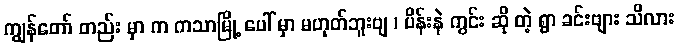
ကျွန်တော် တည်း မှာ က ကသာမြို့ ပေါ် မှာ မဟုတ်ဘူးဗျ ၊ ပိန်းနဲ ကွင်း ဆို တဲ့ ရွာ ခင်းဗျား သိလား